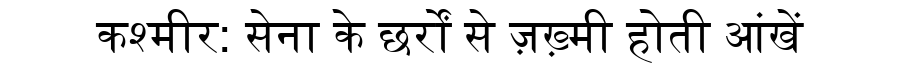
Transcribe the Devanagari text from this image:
कश्मीर: सेना के छर्रों से ज़ख़्मी होती आंखें